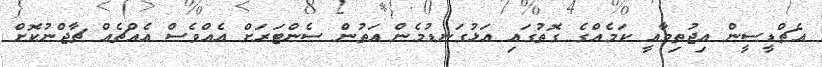
އެޗްޑީސީން އިޖުތިމާއީ ކަމެއްގެ ގޮތުގައި އަޅުގަނޑުމެން އަތުން ސެންޓަރަށް އެއްވެސް އެއްޗެއް ޗާޖްނުކޮށް